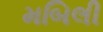
મબિલી